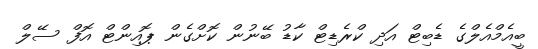
ބީއެމްއެލްގެ ޑެބިޓް އަދި ކްރެޑިޓް ކާޑު ބޭނުން ކޮށްގެން ޕޮއިންޓް އޮފް ސޭލް